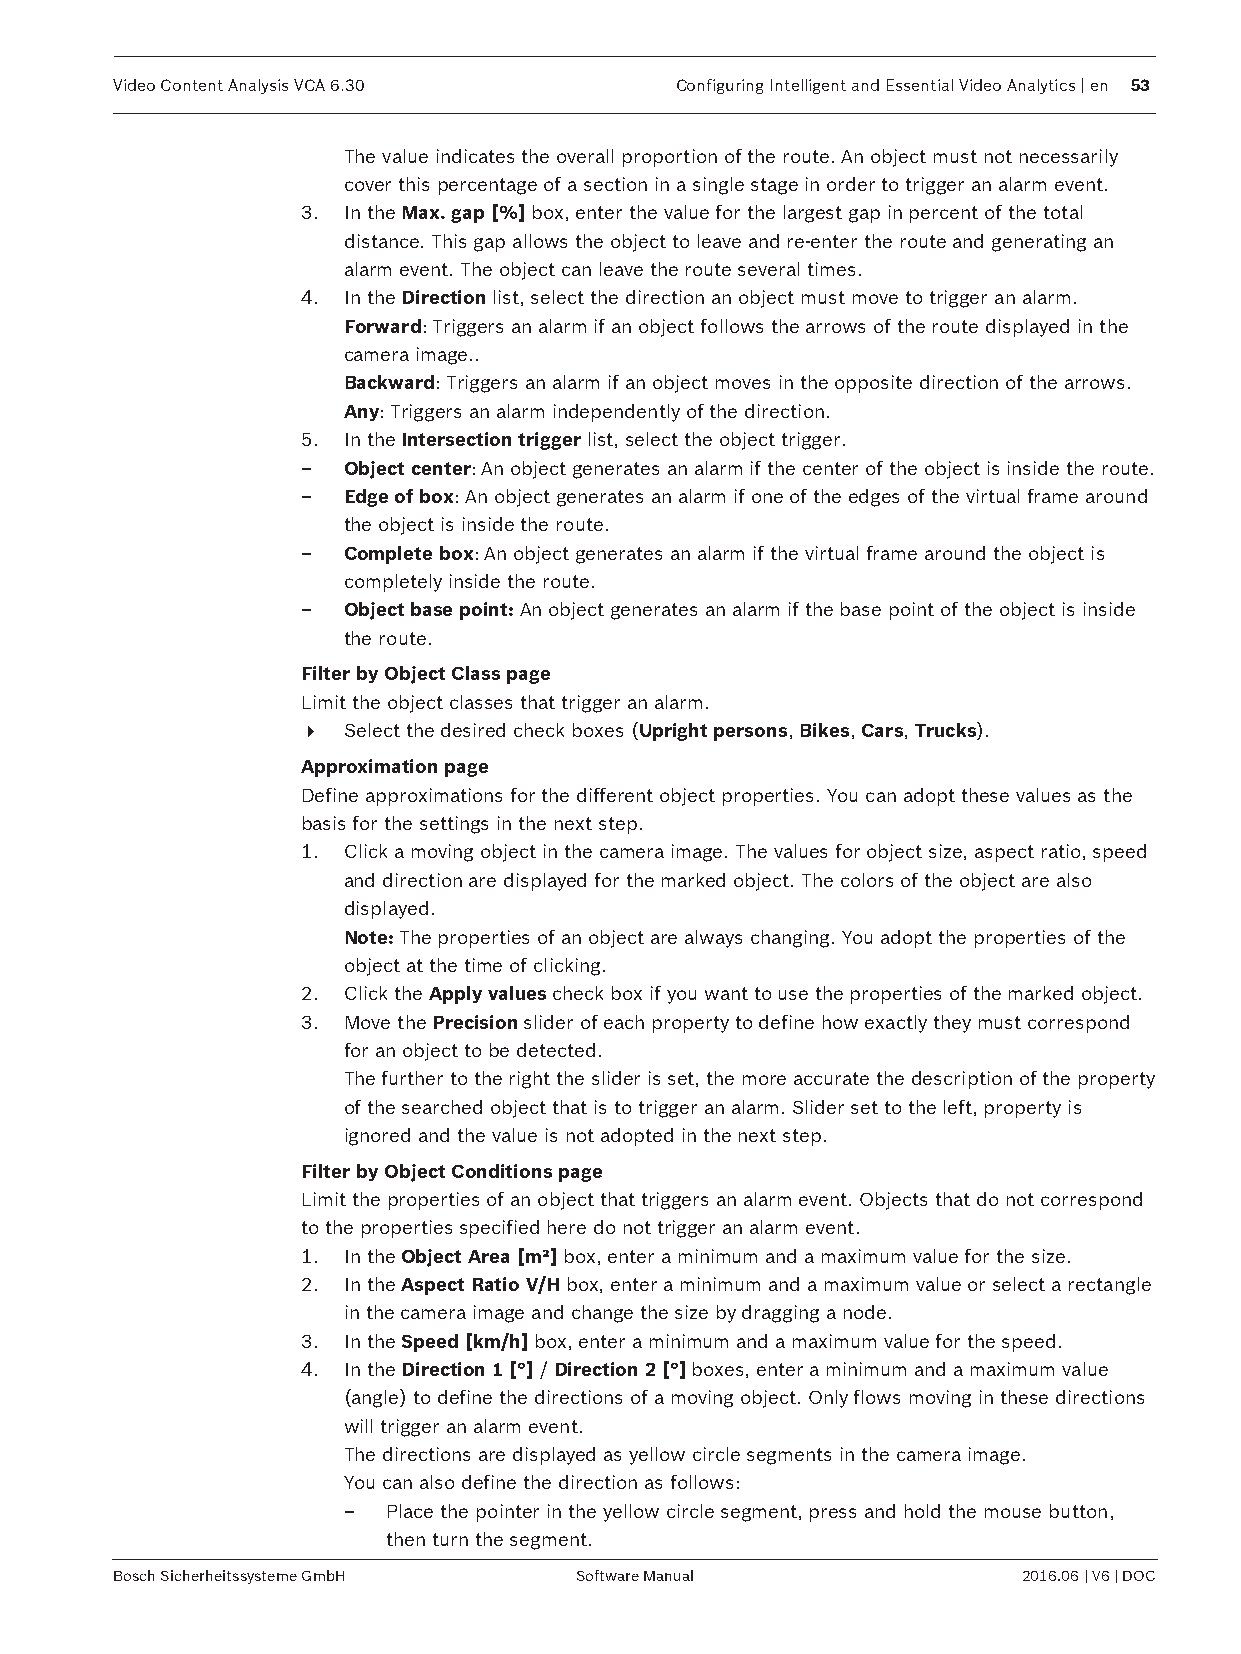
Video Content Analysis VCA 6.30      Configuring Intelligent and Essential Video Analytics | en 53
 The value indicates the overall proportion of the route. An object must not necessarily
 cover this percentage of a section in a single stage in order to trigger an alarm event.
 3. In the Max. gap [%] box, enter the value for the largest gap in percent of the total
 distance. This gap allows the object to leave and re-enter the route and generating an
 alarm event. The object can leave the route several times.
 4. In the Direction list, select the direction an object must move to trigger an alarm.
 Forward: Triggers an alarm if an object follows the arrows of the route displayed in the
 camera image..
 Backward: Triggers an alarm if an object moves in the opposite direction of the arrows.
 Any: Triggers an alarm independently of the direction.
 5. In the Intersection trigger list, select the object trigger.
 –  Object center: An object generates an alarm if the center of the object is inside the route.
 –  Edge of box: An object generates an alarm if one of the edges of the virtual frame around
 the object is inside the route.
 –  Complete box: An object generates an alarm if the virtual frame around the object is
 completely inside the route.
 –  Object base point: An object generates an alarm if the base point of the object is inside
 the route.
 Filter by Object Class page
 Limit the object classes that trigger an alarm.
 4  Select the desired check boxes (Upright persons, Bikes, Cars, Trucks).
 Approximation page
 Define approximations for the different object properties. You can adopt these values as the
 basis for the settings in the next step.
 1. Click a moving object in the camera image. The values for object size, aspect ratio, speed
 and direction are displayed for the marked object. The colors of the object are also
 displayed.
 Note: The properties of an object are always changing. You adopt the properties of the
 object at the time of clicking.
 2. Click the Apply values check box if you want to use the properties of the marked object.
 3. Move the Precision slider of each property to define how exactly they must correspond
 for an object to be detected.
 The further to the right the slider is set, the more accurate the description of the property
 of the searched object that is to trigger an alarm. Slider set to the left, property is
 ignored and the value is not adopted in the next step.
 Filter by Object Conditions page
 Limit the properties of an object that triggers an alarm event. Objects that do not correspond
 to the properties specified here do not trigger an alarm event.
 1. In the Object Area [m²] box, enter a minimum and a maximum value for the size.
 2. In the Aspect Ratio V/H box, enter a minimum and a maximum value or select a rectangle
 in the camera image and change the size by dragging a node.
 3. In the Speed [km/h] box, enter a minimum and a maximum value for the speed.
 4. In the Direction 1 [°] / Direction 2 [°] boxes, enter a minimum and a maximum value
 (angle) to define the directions of a moving object. Only flows moving in these directions
 will trigger an alarm event.
 The directions are displayed as yellow circle segments in the camera image.
 You can also define the direction as follows:
 –  Place the pointer in the yellow circle segment, press and hold the mouse button,
 then turn the segment.
 Bosch Sicherheitssysteme GmbH Software Manual               2016.06 | V6 | DOC